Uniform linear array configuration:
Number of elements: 32
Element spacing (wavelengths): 0.5
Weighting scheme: blackman
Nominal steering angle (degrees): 60
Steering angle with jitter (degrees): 58.55
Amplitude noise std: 0.05
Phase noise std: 0.05

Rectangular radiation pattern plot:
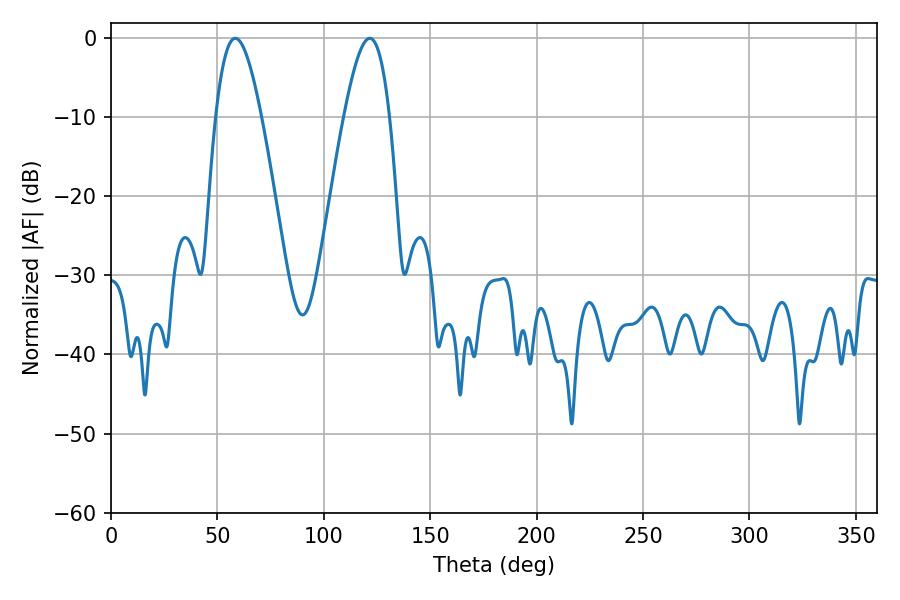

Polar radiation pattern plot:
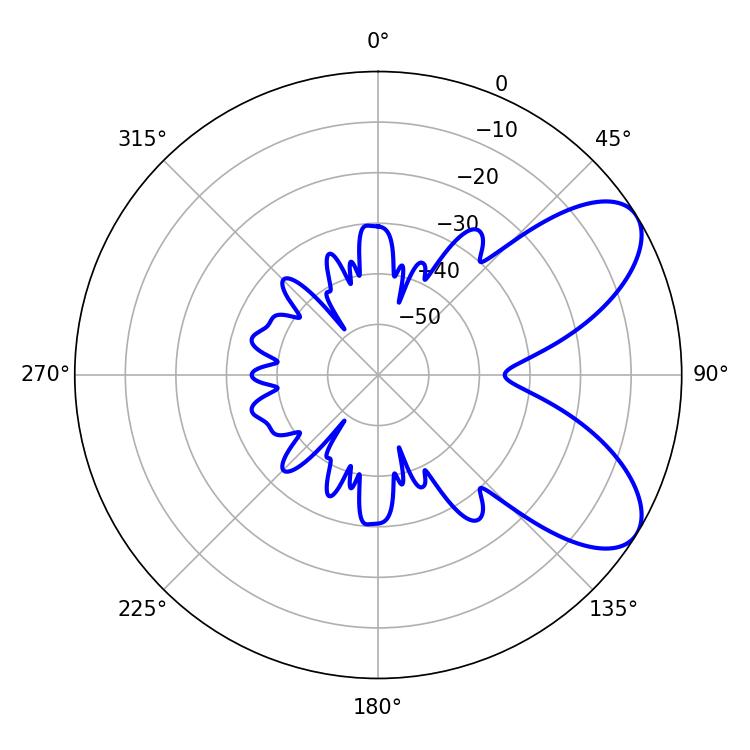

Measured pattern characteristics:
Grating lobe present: FALSE
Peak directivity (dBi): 7.242
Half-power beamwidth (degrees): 11.52
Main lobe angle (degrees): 58.32